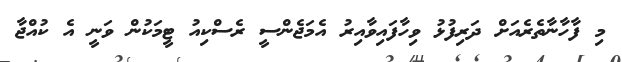
މި ފާހާނާތެރެއަށް ދަރިފުޅު ވިހާފައިވާއިރު އެމަޖެންސީ ރެސްކިއު ޓީމަކުން ވަނީ އެ ކުއްޖާ